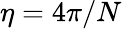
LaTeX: \eta=4\pi/N